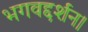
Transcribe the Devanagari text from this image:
भगवद्दर्शन।